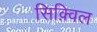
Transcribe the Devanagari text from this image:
सिक़्विल